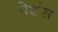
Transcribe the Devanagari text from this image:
पेशंस